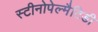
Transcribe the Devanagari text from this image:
स्टीनोपेल्मैटिडी